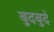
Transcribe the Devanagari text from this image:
बुदबुदे